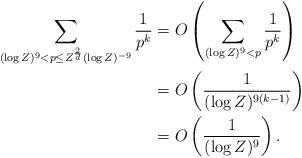
LaTeX: \begin{align*} \sum_{(\log Z)^9 < p \leq Z^{\frac{2}{d}} (\log Z)^{-9}} \frac{1}{p^k} & = O \left(\sum_{(\log Z)^9 < p} \frac{1}{p^k} \right) \\& = O \left(\frac{1}{(\log Z)^{9(k-1)}} \right) \\& = O \left(\frac{1}{(\log Z)^9}\right). \end{align*}